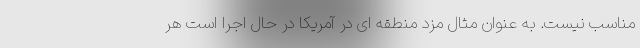
مناسب نیست. به عنوان مثال مزد منطقه ای در آمریکا در حال اجرا است هر